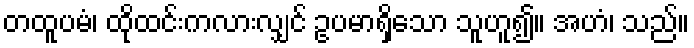
တထူပမံ၊ ထိုထင်းကလားလျှင် ဥပမာရှိသော သူဟူ၍။ အဟံ၊ သည်။